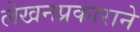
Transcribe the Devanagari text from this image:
लेखनप्रकाराने